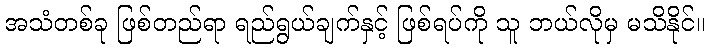
အသံတစ်ခု ဖြစ်တည်ရာ ရည်ရွယ်ချက်နှင့် ဖြစ်ရပ်ကို သူ ဘယ်လိုမှ မသိနိုင်။